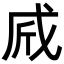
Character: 𢦲